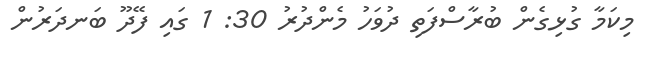
މިކަމާ ގުޅިގެން ބުރާސްފަތި ދުވަހު މެންދުރު 30: 1 ގައި ފޭދޫ ބަނދަރުން